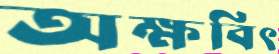
অক্ষবিৎ